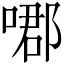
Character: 𠹴